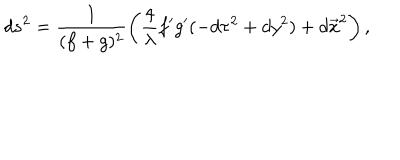
LaTeX: d s ^ { 2 } = \frac { 1 } { ( f + g ) ^ { 2 } } \left( \frac { 4 } { \lambda } f ^ { \prime } g ^ { \prime } ( - d \tau ^ { 2 } + d y ^ { 2 } ) + d \vec { x } ^ { 2 } \right) ,